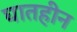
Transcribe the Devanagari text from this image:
घातहीन